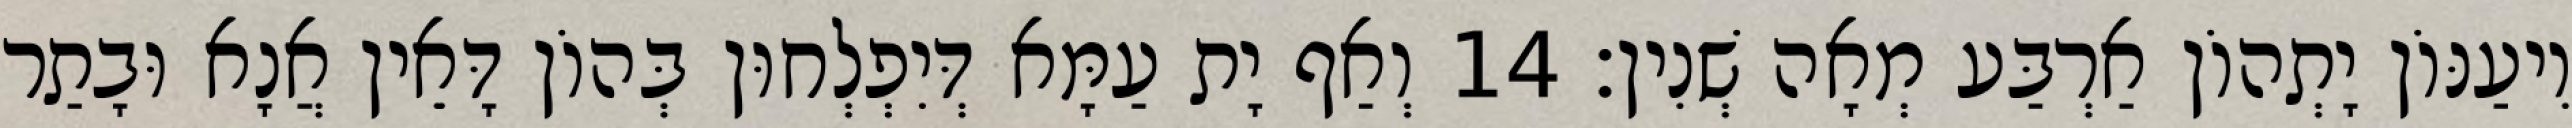
וִיעַנּוֹן יָתְהוֹן אַרְבַּע מְאָה שְׁנִין׃ 14 וְאַף יָת עַמָּא דְּיִפְלְחוּן בְּהוֹן דָּאֵין אֲנָא וּבָתַר